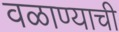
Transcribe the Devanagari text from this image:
वळाण्याची